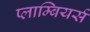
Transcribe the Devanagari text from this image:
प्लाम्बियर्स